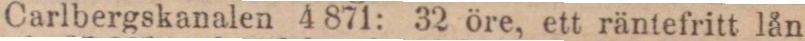
Carlbergskanalen 4 871: 32 öre, ett räntefritt lån